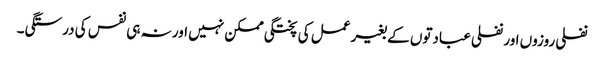
نفلی روزوں اور نفلی عبادتوں کے بغیر عمل کی پختگی ممکن نہیں اور نہ ہی نفس کی درستگی۔